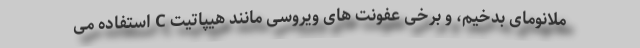
ملانومای بدخیم، و برخی عفونت های ویروسی مانند هیپاتیت C استفاده می